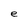
Character: e